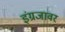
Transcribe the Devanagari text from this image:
इंग्रजावर